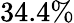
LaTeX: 34.4\%